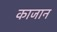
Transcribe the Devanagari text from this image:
काजान